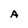
Character: A